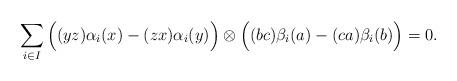
LaTeX: \begin{align*}\sum_{i\in I} \Big((yz)\alpha_i(x) - (zx)\alpha_i(y)\Big) \otimes \Big((bc)\beta_i(a) - (ca)\beta_i(b)\Big) = 0 .\end{align*}